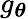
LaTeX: g_{\boldsymbol{\theta}}